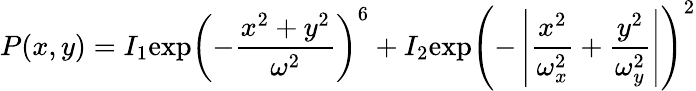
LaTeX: P(x,y)=I_{1}\mathrm{exp}\left(-\frac{x^{2}+y^{2}}{\omega^{2}}\right)^{6}+I_{2}\mathrm{exp}\left(-\left|\frac{x^{2}}{\omega_{x}^{2}}+\frac{y^{2}}{\omega_{y}^{2}}\right|\right)^{2}